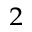
^ 2